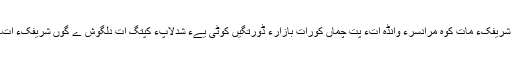
شریفکءِ مات کوہ مرادسرءَ وانڈہ اَتءُُ پِت چمّاں کوراَت بازارءَ ڈورتگیں کوٹی یےءَ شُدلاپءَ کپتگ اَت دلگوش ے گوں شریفکءَ اَت۔